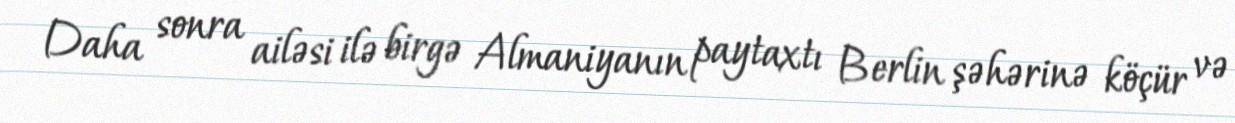
Daha sonra ailəsi ilə birgə Almaniyanın paytaxtı Berlin şəhərinə köçür və